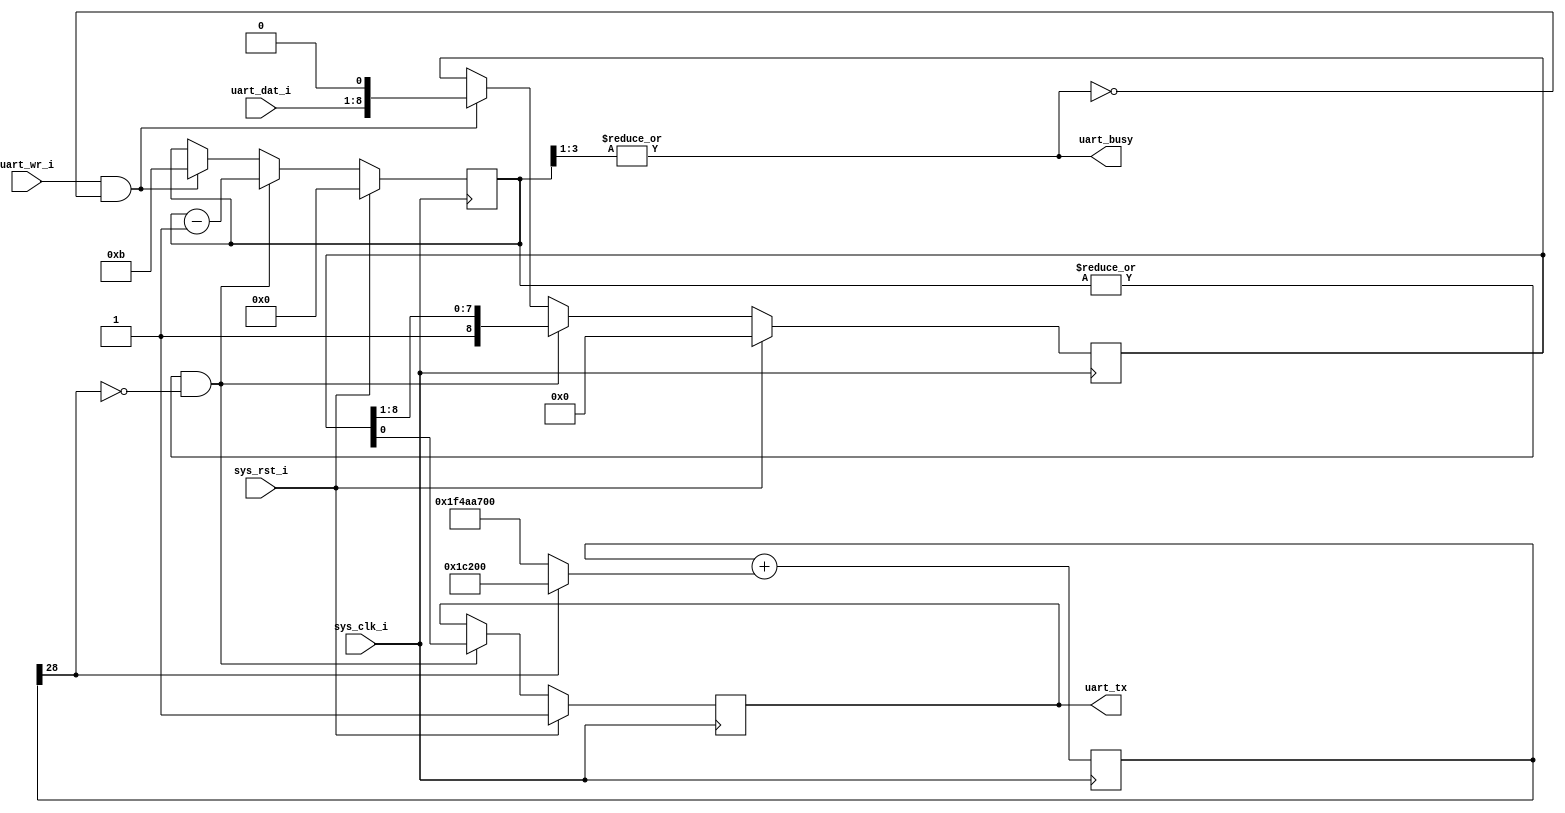
// Simple TX-only UART from http://excamera.com/sphinx/fpga-uart.html
module uart(
   // Outputs
   uart_busy,   // High means UART is transmitting
   uart_tx,     // UART transmit wire
   // Inputs
   uart_wr_i,   // Raise to transmit byte
   uart_dat_i,  // 8-bit data
   sys_clk_i,   // System clock, 12 MHz
   sys_rst_i    // System reset
);

  input uart_wr_i;
  input [7:0] uart_dat_i;
  input sys_clk_i;
  input sys_rst_i;

  output uart_busy;
  output uart_tx;

  reg [3:0] bitcount;
  reg [8:0] shifter;
  reg uart_tx;

  wire uart_busy = |bitcount[3:1];
  wire sending = |bitcount;

  // sys_clk_i is 12MHz.  We want a 115200Hz clock

  reg [28:0] d;
  wire [28:0] dInc = d[28] ? (115200) : (115200 - 12000000);
  wire [28:0] dNxt = d + dInc;
  always @(posedge sys_clk_i)
  begin
    d = dNxt;
  end
  wire ser_clk = ~d[28]; // this is the 115200 Hz clock

  always @(posedge sys_clk_i)
  begin
    if (sys_rst_i) begin
      uart_tx <= 1;
      bitcount <= 0;
      shifter <= 0;
    end else begin
      // just got a new byte
      if (uart_wr_i & ~uart_busy) begin
        shifter <= { uart_dat_i[7:0], 1'h0 };
        bitcount <= (1 + 8 + 2);
      end

      if (sending & ser_clk) begin
        { shifter, uart_tx } <= { 1'h1, shifter };
        bitcount <= bitcount - 1;
      end
    end
  end

  endmodule